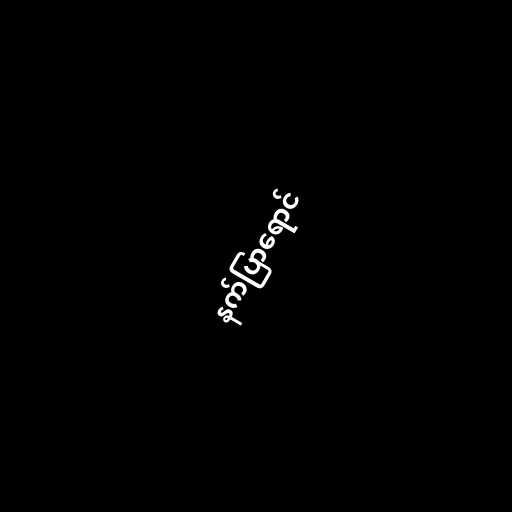
နက်ပြာရောင်